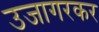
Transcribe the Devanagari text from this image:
उजागरकर